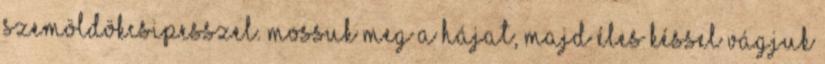
szemöldökcsipesszel. Mossuk meg a hájat, majd éles késsel vágjuk